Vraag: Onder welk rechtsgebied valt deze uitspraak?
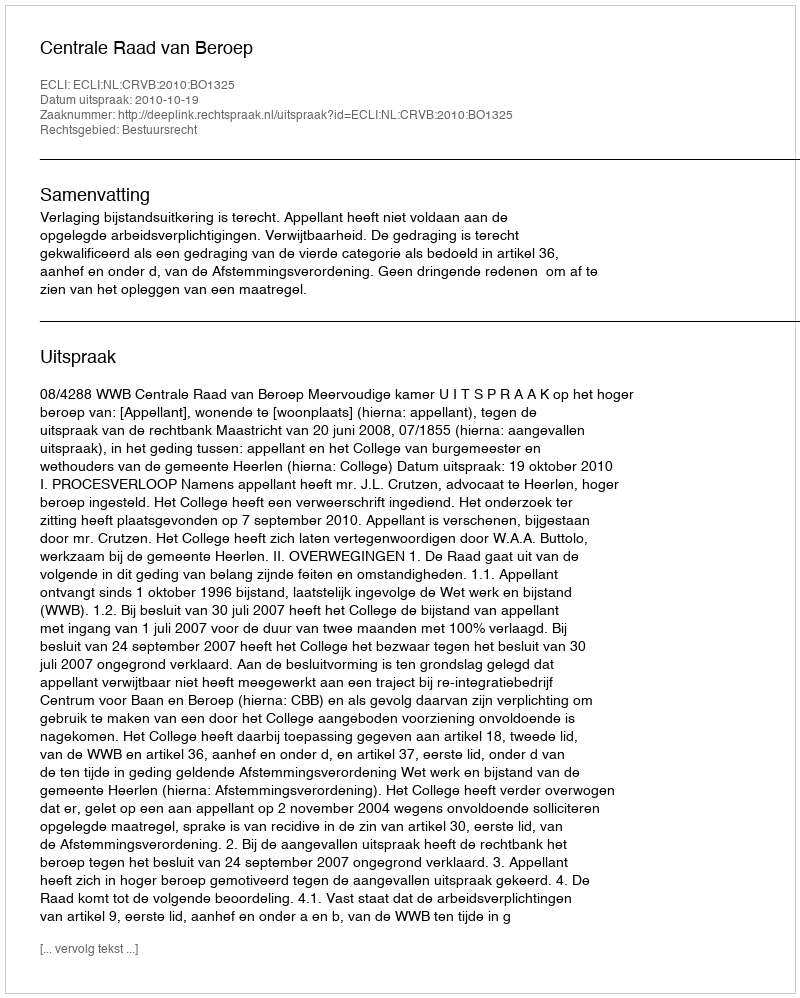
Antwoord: Bestuursrecht